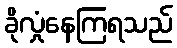
ခိုလှုံနေကြရသည်